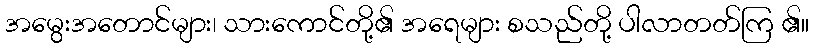
အမွေးအတောင်များ၊ သားကောင်တို့၏ အရေများ စသည်တို့ ပါလာတတ်ကြ ၏။